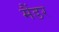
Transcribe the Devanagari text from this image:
मैंडर